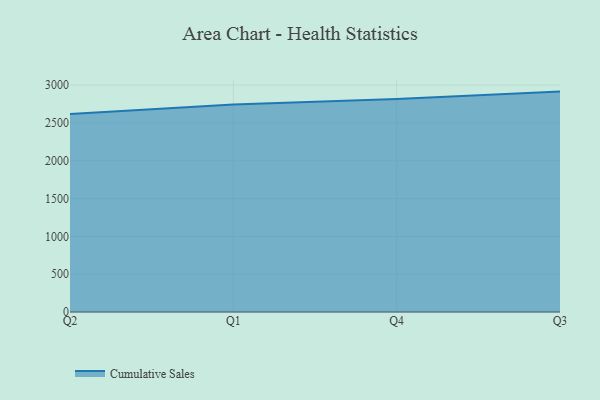
{"axis": {"x": "Quarter", "y": "Temperature (°C)"}, "legend": ["Cumulative Sales"], "data": [{"x": "Q2", "y": 2617.5, "type": "Cumulative Sales"}, {"x": "Q1", "y": 2744.6, "type": "Cumulative Sales"}, {"x": "Q4", "y": 2816.1, "type": "Cumulative Sales"}, {"x": "Q3", "y": 2914.3, "type": "Cumulative Sales"}]}